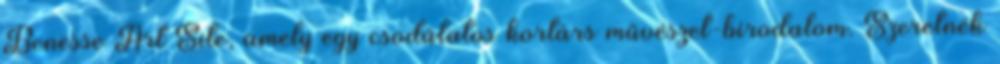
Benesse Art Site, amely egy csodálatos kortárs művészet-birodalom. Szeretnék